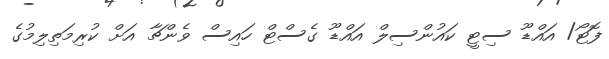
ފޮޓޯ/ އައްޑޫ ސިޓީ ކައުންސިލް އައްޑޫ ގެސްޓް ހައިސް ވެންޗާ އަށް ކުރިމަތިލިމުގެ